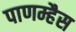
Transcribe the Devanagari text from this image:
पाणम्हैस